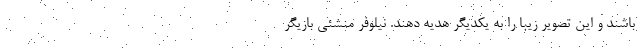
باشند و این تصویر زیبا را به یکدیگر هدیه دهند. نیلوفر منشئی بازیگر